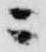
ニ